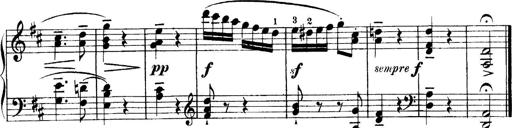
Title: 4 Sonatines
Composer: Max Reger